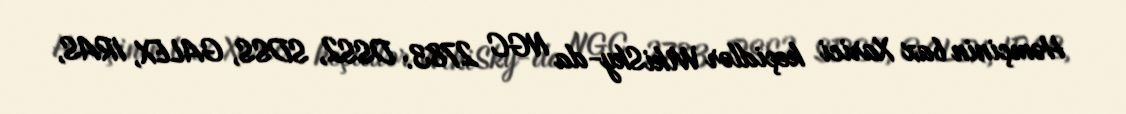
Həmçinin bax Xarici keçidlər WikiSky-da NGC 2783: DSS2, SDSS, GALEX, IRAS,